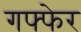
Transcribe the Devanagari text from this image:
गफ्फेर